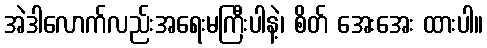
အဲဒါလောက်လည်းအရေးမကြီးပါနဲ့၊ စိတ် အေးအေး ထားပါ။